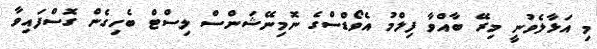
މި އަޅާލެވުނީ މިރޭ ބާއްވާ ފިލްމު އެވޯޑްސްގެ ނޮމިނޭޝަންސް ލިސްޓް ބެހިގެން ގޮސްފައިވާ